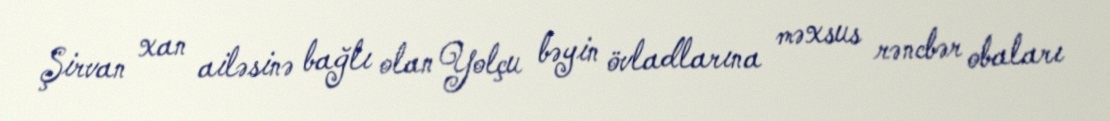
Şirvan xan ailəsinə bağlı olan Yolçu bəyin övladlarına məxsus rəncbər obaları